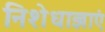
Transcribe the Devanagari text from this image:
निशेधाज्ञाएं